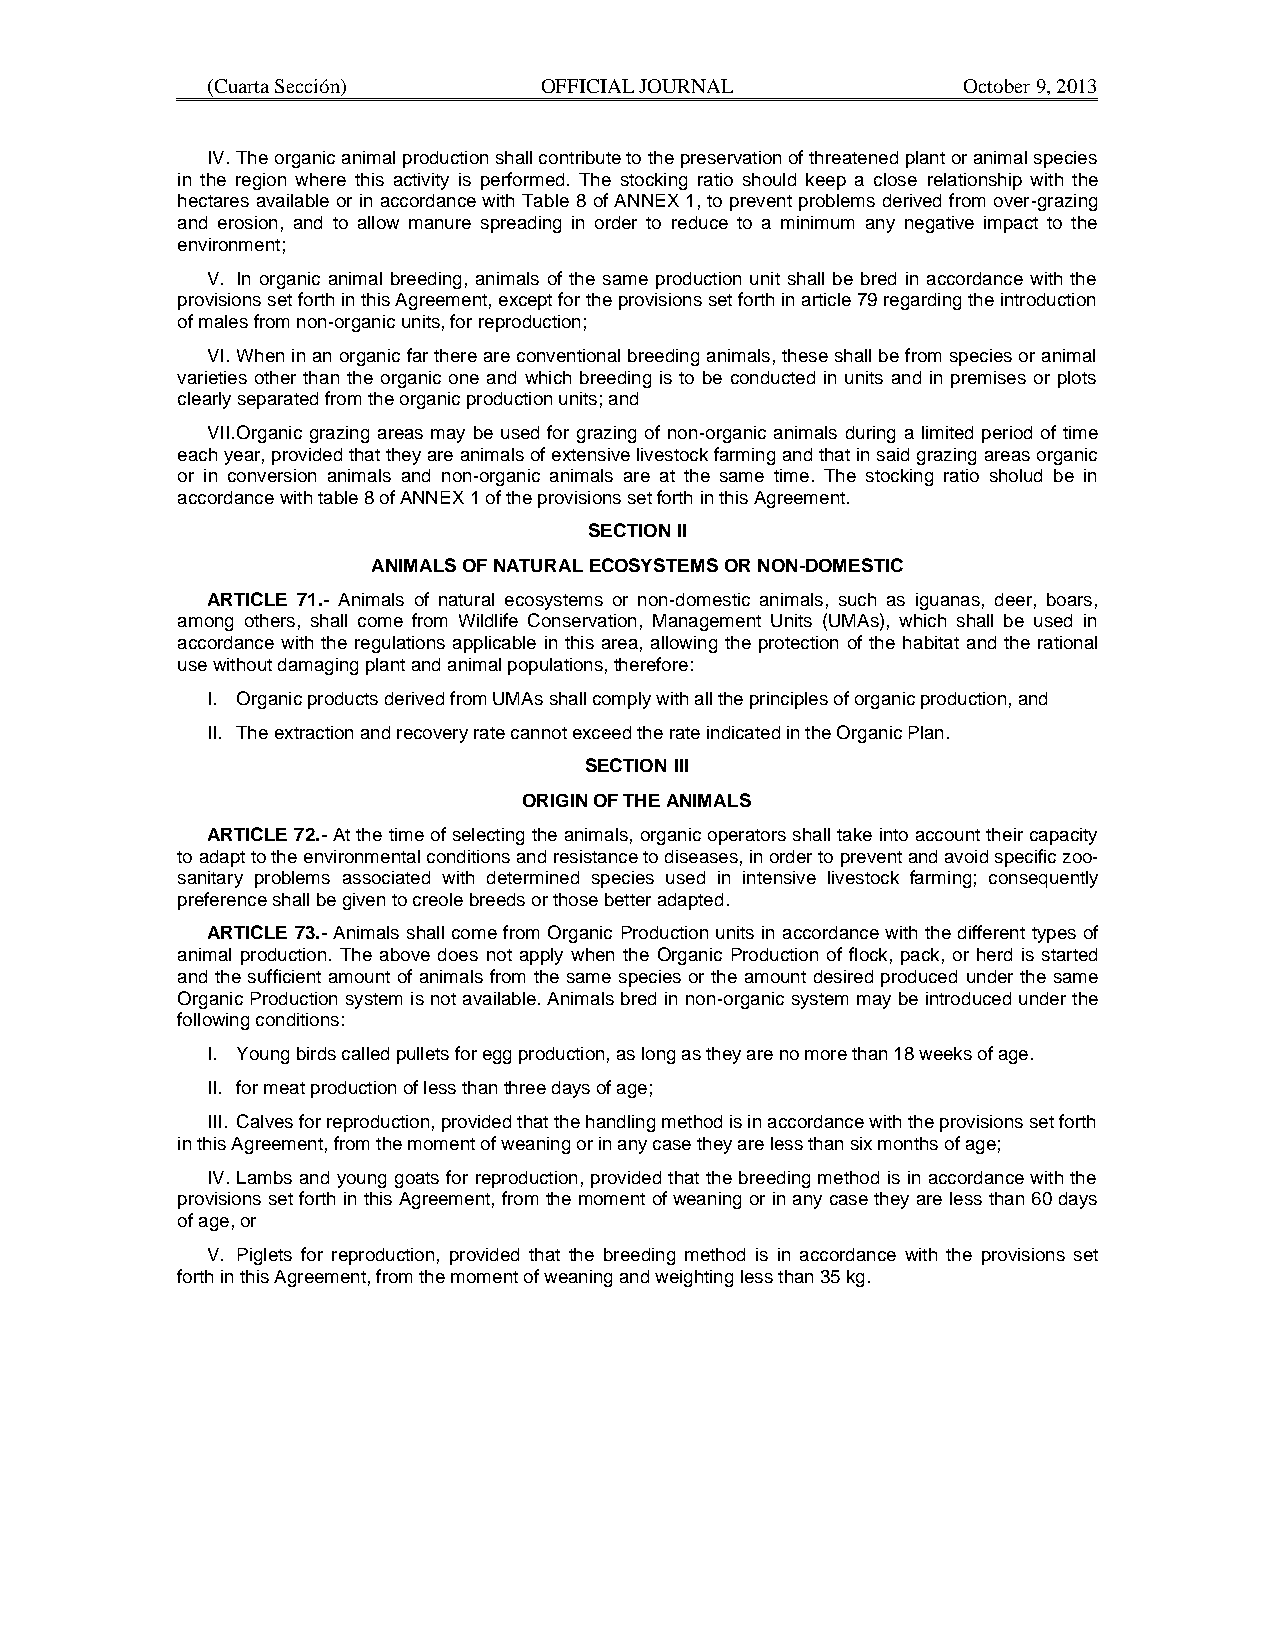
(Cuarta Sección)      OFFICIAL JOURNAL            October 9, 2013
 IV. The organic animal production shall contribute to the preservation of threatened plant or animal species
 in the region where this activity is performed. The stocking ratio should keep a close relationship with the
 hectares available or in accordance with Table 8 of ANNEX 1, to prevent problems derived from over-grazing
 and erosion, and to allow manure spreading in order to reduce to a minimum any negative impact to the
 environment;
 V. In organic animal breeding, animals of the same production unit shall be bred in accordance with the
 provisions set forth in this Agreement, except for the provisions set forth in article 79 regarding the introduction
 of males from non-organic units, for reproduction;
 VI. When in an organic far there are conventional breeding animals, these shall be from species or animal
 varieties other than the organic one and which breeding is to be conducted in units and in premises or plots
 clearly separated from the organic production units; and
 VII. Organic grazing areas may be used for grazing of non-organic animals during a limited period of time
 each year, provided that they are animals of extensive livestock farming and that in said grazing areas organic
 or in conversion animals and non-organic animals are at the same time. The stocking ratio sholud be in
 accordance with table 8 of ANNEX 1 of the provisions set forth in this Agreement.
 SECTION II
 ANIMALS OF NATURAL ECOSYSTEMS OR NON-DOMESTIC
 ARTICLE 71.- Animals of natural ecosystems or non-domestic animals, such as iguanas, deer, boars,
 among others, shall come from Wildlife Conservation, Management Units (UMAs), which shall be used in
 accordance with the regulations applicable in this area, allowing the protection of the habitat and the rational
 use without damaging plant and animal populations, therefore:
 I. Organic products derived from UMAs shall comply with all the principles of organic production, and
 II. The extraction and recovery rate cannot exceed the rate indicated in the Organic Plan.
 SECTION III
 ORIGIN OF THE ANIMALS
 ARTICLE 72.- At the time of selecting the animals, organic operators shall take into account their capacity
 to adapt to the environmental conditions and resistance to diseases, in order to prevent and avoid specific zoo-
 sanitary problems associated with determined species used in intensive livestock farming; consequently
 preference shall be given to creole breeds or those better adapted.
 ARTICLE 73.- Animals shall come from Organic Production units in accordance with the different types of
 animal production. The above does not apply when the Organic Production of flock, pack, or herd is started
 and the sufficient amount of animals from the same species or the amount desired produced under the same
 Organic Production system is not available. Animals bred in non-organic system may be introduced under the
 following conditions:
 I. Young birds called pullets for egg production, as long as they are no more than 18 weeks of age.
 II. for meat production of less than three days of age;
 III. Calves for reproduction, provided that the handling method is in accordance with the provisions set forth
 in this Agreement, from the moment of weaning or in any case they are less than six months of age;
 IV. Lambs and young goats for reproduction, provided that the breeding method is in accordance with the
 provisions set forth in this Agreement, from the moment of weaning or in any case they are less than 60 days
 of age, or
 V. Piglets for reproduction, provided that the breeding method is in accordance with the provisions set
 forth in this Agreement, from the moment of weaning and weighting less than 35 kg.